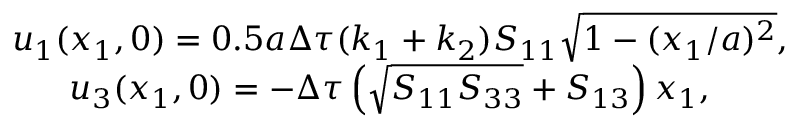
\begin{array} { r } { u _ { 1 } ( x _ { 1 } , 0 ) = 0 . 5 a \Delta \tau ( k _ { 1 } + k _ { 2 } ) S _ { 1 1 } \sqrt { 1 - ( x _ { 1 } / a ) ^ { 2 } } , } \\ { u _ { 3 } ( x _ { 1 } , 0 ) = - \Delta \tau \left( \sqrt { S _ { 1 1 } S _ { 3 3 } } + S _ { 1 3 } \right) x _ { 1 } , \qquad \, \, } \end{array}